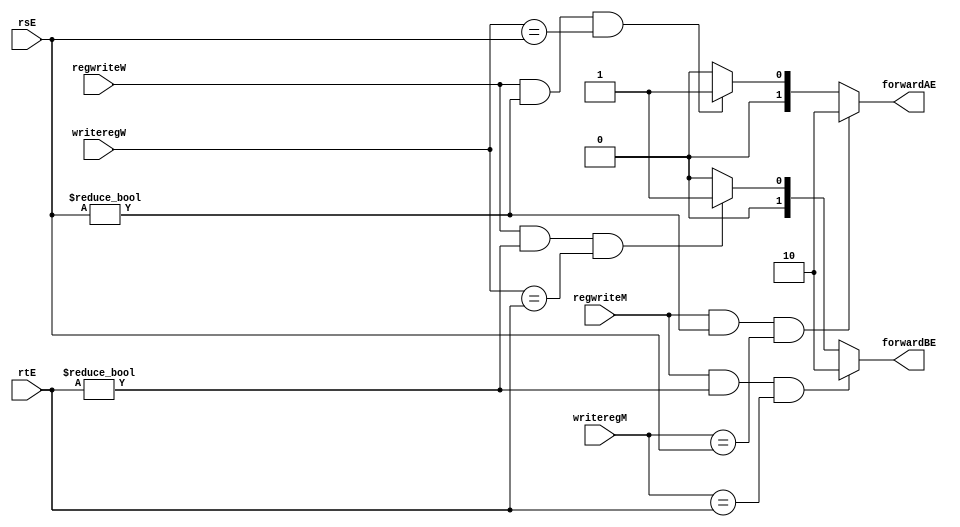
module fu_ex(input regwriteW,regwriteM,
	input [4:0] writeregW,rsE,rtE,writeregM,
	output reg [1:0] forwardAE,forwardBE);

always @(*)
begin
	forwardAE = 2'b00;
	forwardBE = 2'b00;
	/*
	if(rsE!=0)
	begin
		if((rsE==writeregM)&regwriteM)
			forwardAE = 2'b10;
		else if ((rsE==writeregW)&regwriteW);
			forwardAE = 2'b01;
	end
	else forwardAE = 2'b00;
	if(rtE!=0)
	begin
		if((rtE==writeregM)&regwriteM)
			forwardBE = 2'b10;
		else if ((rtE==writeregW)&regwriteW);
			forwardBE = 2'b01;
	end
	else forwardBE = 2'b00;
	*/

forwardAE = ((regwriteM)&(rsE!=0)&(writeregM==rsE)) ? 2'b10:((regwriteW)&(rsE!=0)&(writeregW==rsE)) ? 2'b01:2'b00;

forwardBE = ((regwriteM)&(rtE!=0)&(writeregM==rtE)) ? 2'b10:((regwriteW)&(rtE!=0)&(writeregW==rtE)) ? 2'b01:2'b00;
end
endmodule